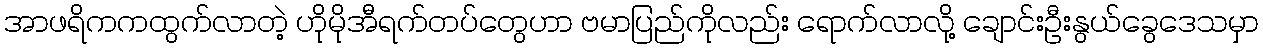
အာဖရိကကထွက်လာတဲ့ ဟိုမိုအီရက်တပ်တွေဟာ ဗမာပြည်ကိုလည်း ရောက်လာလို့ ချောင်းဦးနွယ်ခွေဒေသမှာ